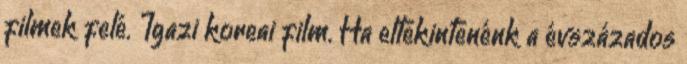
filmek felé. Igazi koreai film. Ha eltekintenénk a évszázados